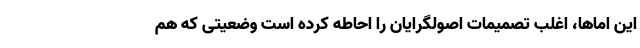
این اماها، اغلب تصمیمات اصولگرایان را احاطه کرده است وضعیتی که هم